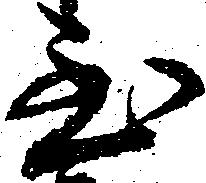
至